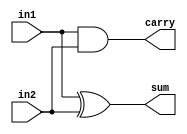
`timescale 1ns / 1ps
//////////////////////////////////////////////////////////////////////////////////
// Company: 
// Engineer: 
// 
// Design Name: 
// Module Name: half_adder
// Project Name: 
// Target Devices: 
// Tool Versions: 
// Description: 
// 
// Dependencies: 
// 
// Revision:
// Revision 0.01 - File Created
// Additional Comments:
// 
//////////////////////////////////////////////////////////////////////////////////


module half_adder(
    input in1,
    input in2,
    output sum,
    output carry
    );
    xor #1 xor_gate(sum,in1,in2);
    and #1 and_gate(carry,in1,in2);    
endmodule